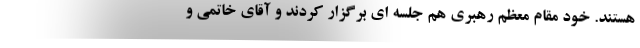
هستند. خود مقام معظم رهبری هم جلسه ای برگزار کردند و آقای خاتمی و